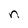
Character: n